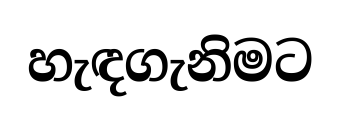
හැඳගැනිමට